Notes on vaccination in the North-West Frontier Province 1923-1928 - 1923-1928
Year: 1923
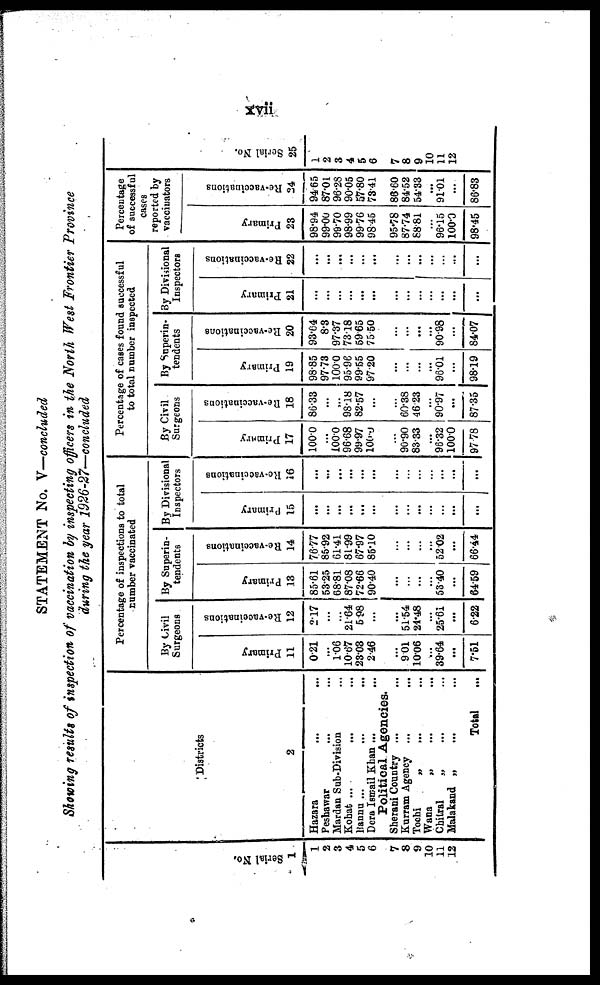
xvii
STATEMENT No. V—concluded
Showing results of inspection of vaccination by inspecting officers in the North West Frontier Province
during the year 1926-27—concluded
Serial No.
1
1
2
3
4
5
6
7
8
9
10
11
12
Districts
2
Hazara ... ...
Peshawar ... ...
Mardan Sab-Division ...
Kohat ... ... ...
Bannu ... ... ...
Dera Ismail Khan ... ...
Political Agencies.
Sherani Country ... ...
Kurram Agency ...
...
Tochi
„ ... ... ...
Wana
„
...
...
Chitral
„ ... ...
Malakand „
... ...
Total ...
Percentage of inspections to total
number vaccinated
By Civil
Surgeons
Primary
11
0.21
...
1.06
10.67
23.03
2.46
...
9.01
10.06
...
39.64
...
7.51
Re-vaccinations
12
2.17
...
...
21.64
5.98
...
...
51.54
21.48
...
25.61
...
6.22
By Superin-
tendents
Primary
13
85.61
53.25
68.81
87.08
72.66
90.40
...
...
...
...
53.40
...
64.59
Re-vaccinations
14
76.77
85.92
61.41
81.99
67.97
85.10
...
...
...
...
52.02
...
66.44
By Divisional
Inspectors
Primary
15
...
...
...
...
...
...
...
...
...
...
...
...
...
Re-vaccinations
16
...
...
...
...
...
...
...
...
...
...
...
...
...
Percentage of cases found successful
to total number inspected
By Civil
Surgeons
Primary
17
100.0
...
100.0
96.68
99.97
100.0
...
90.90
83.33
...
96.32
100.0
97.78
Re-vaccinations
18
86.33
...
...
98.18
82.57
...
...
60.38
46.23
...
90.97
...
87.35
By Superin-
tendents
Primary
19
98.85
97.73
100.0
95.96
99.55
97.20
...
...
...
...
96.01
...
98.19
Re-vaccinations
20
93.64
8.3
97.37
73.18
59.65
75.50
...
...
...
...
90.98
...
84.07
By Divisional
Inspectors
Primary
21
...
...
...
...
...
...
...
...
...
...
...
...
...
Re-vaccinations
22
...
...
...
...
...
...
...
...
...
...
...
...
...
Percentage
of successful
cases
reported by
vaccinators
Primary
23
98.94
99.00
99.70
98.99
99.76
98.45
95.78
87.74
88.81
...
96.15
100.0
98.45
Re-vaccinations
24
94.65
87.01
96.28
90.05
57.80
73.41
86.60
84.52
54.33
...
91.01
...
86.83
Serial No.
25
1
2
3
4
5
6
7
8
9
10
11
12